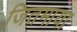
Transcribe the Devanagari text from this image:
जितमाया